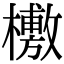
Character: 𣞒